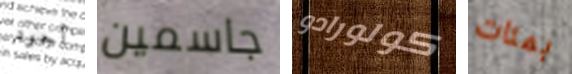
أجود جاسمين كولورادو بمئات